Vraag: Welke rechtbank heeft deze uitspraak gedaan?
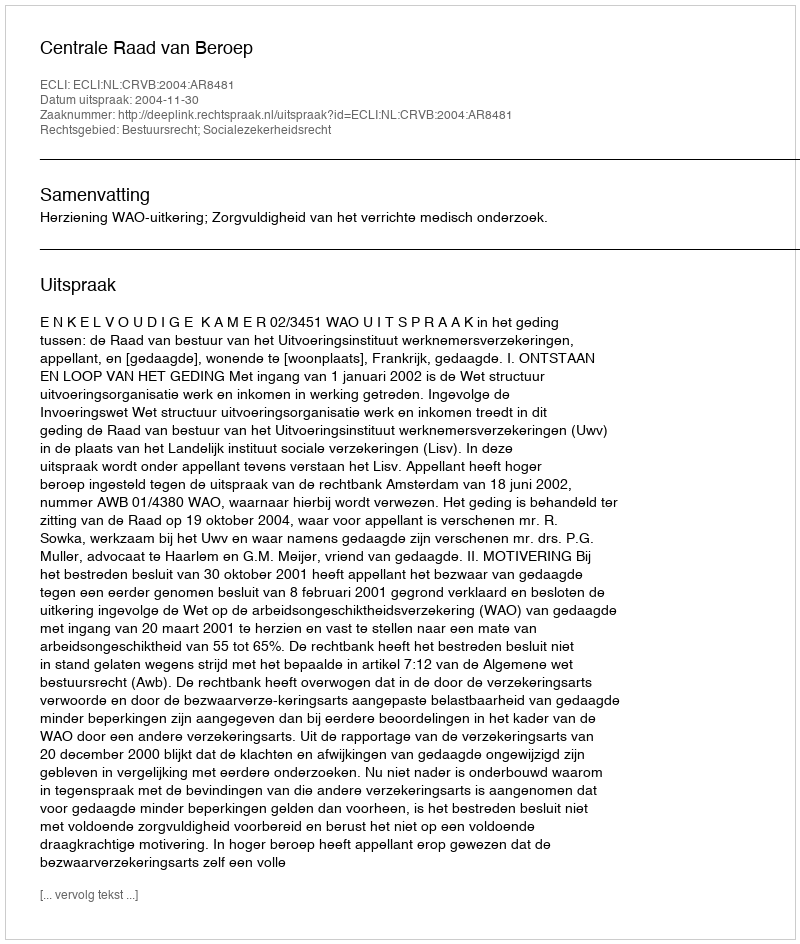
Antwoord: Centrale Raad van Beroep